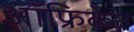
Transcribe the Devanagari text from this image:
ऑफ्रिकेत